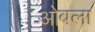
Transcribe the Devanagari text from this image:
ओबला